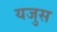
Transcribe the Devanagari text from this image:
यजुस